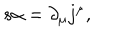
LaTeX: s \alpha = \partial _ { \mu } j ^ { \mu } ,